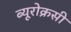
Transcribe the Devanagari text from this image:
ब्यूरोक्रसी